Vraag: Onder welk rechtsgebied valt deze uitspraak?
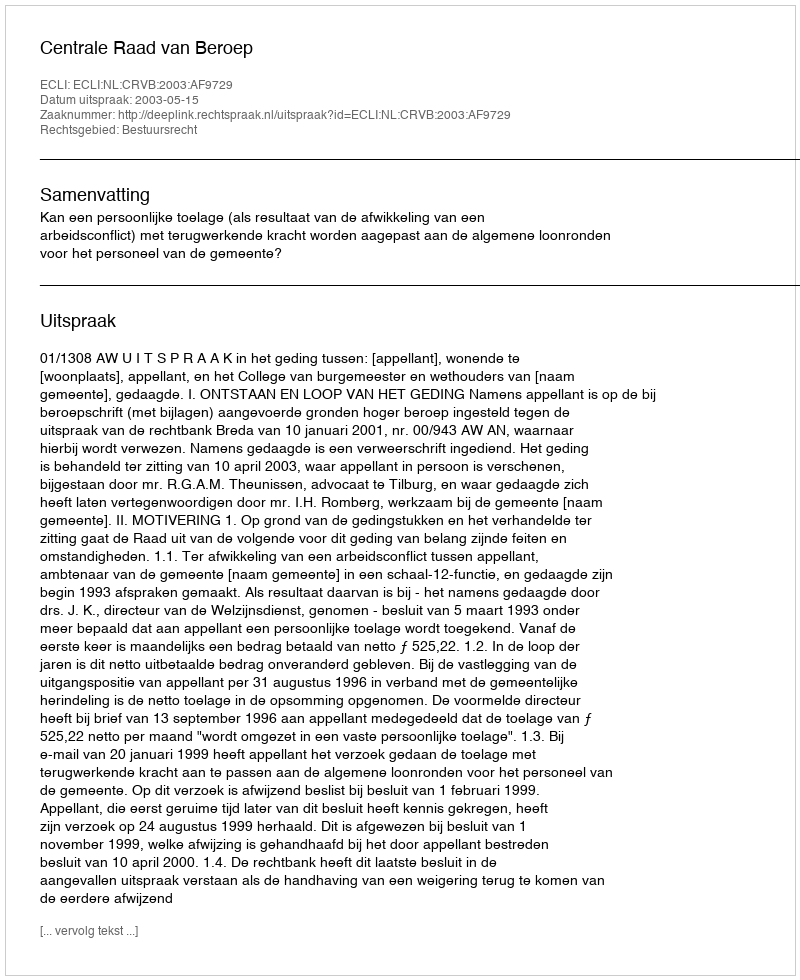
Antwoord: Bestuursrecht